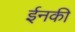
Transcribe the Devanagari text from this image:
ईनकी